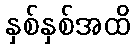
နှစ်နှစ်အထိ